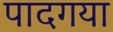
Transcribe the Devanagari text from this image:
पादगया